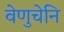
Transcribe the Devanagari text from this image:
वेणुचेनि